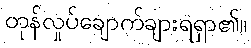
တုန်လှုပ်ချောက်ချားရရှာ၏။